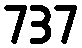
737